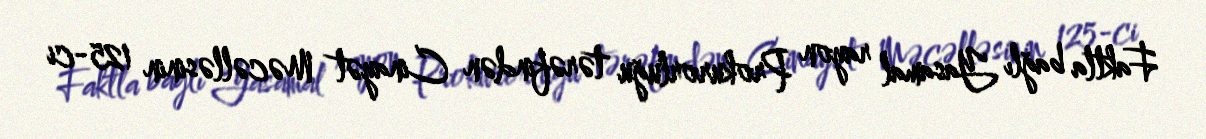
Faktla bağlı Yasamal rayon Prokurorluğu tərəfindən Cinayət Məcəlləsinin 125-ci